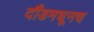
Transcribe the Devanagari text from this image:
दौंडमधूनच